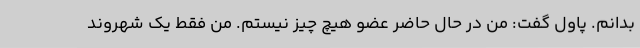
بدانم. پاول گفت: من در حال حاضر عضو هیچ چیز نیستم. من فقط یک شهروند